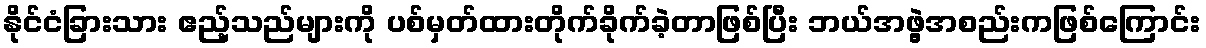
နိုင်ငံခြားသား ဧည့်သည်များကို ပစ်မှတ်ထားတိုက်ခိုက်ခဲ့တာဖြစ်ပြီး ဘယ်အဖွဲ့အစည်းကဖြစ်ကြောင်း